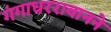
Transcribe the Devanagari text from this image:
गंगाधररावानने